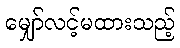
မျှော်လင့်မထားသည့်